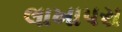
લાખાપરા